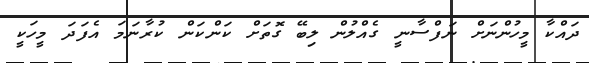
ދައްކާ މީހުންނަށް ނަފްސާނީ ގެއްލުން ލިބޭ ގޮތަށް ކަންކަން ކުރާނަމަ އެފަދަ މީހަކީ